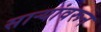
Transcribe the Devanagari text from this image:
साऱ्यांवरून